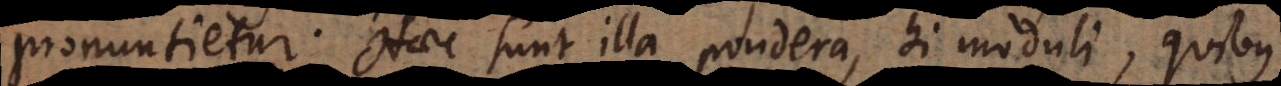
pronuntietur. Haec sunt illa pondera, hi moduli quibus